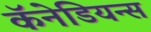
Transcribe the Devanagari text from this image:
कॅनेडियन्स